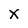
Character: x